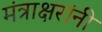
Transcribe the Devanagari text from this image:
मंत्राक्षरांनी